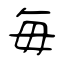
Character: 毎